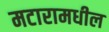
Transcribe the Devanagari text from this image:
मटारामधील